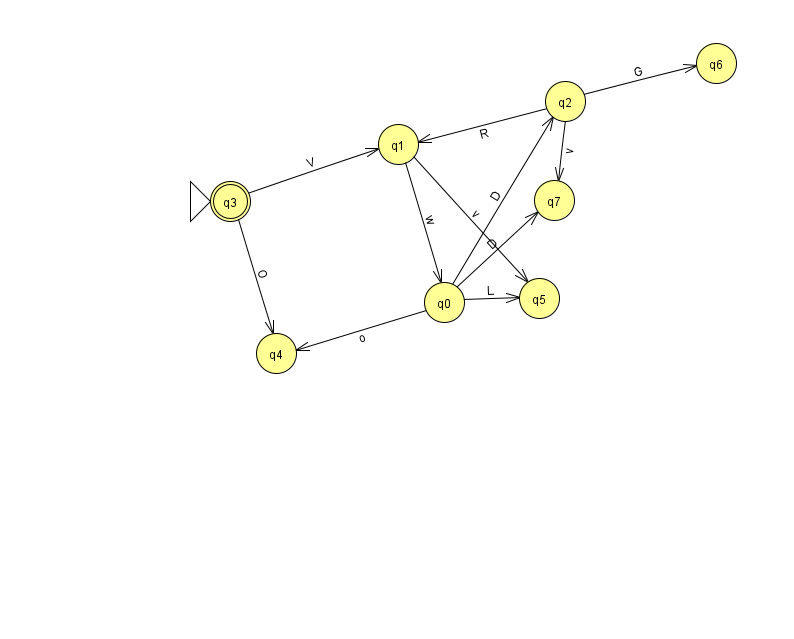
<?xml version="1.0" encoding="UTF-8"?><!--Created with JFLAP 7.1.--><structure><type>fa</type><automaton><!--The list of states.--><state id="0" name="q0"><x>444.0</x><y>289.0</y></state><state id="1" name="q1"><x>398.0</x><y>131.0</y></state><state id="2" name="q2"><x>565.0</x><y>88.0</y></state><state id="3" name="q3"><x>230.0</x><y>188.0</y><initial/><final/></state><state id="4" name="q4"><x>276.0</x><y>340.0</y></state><state id="5" name="q5"><x>539.0</x><y>285.0</y></state><state id="6" name="q6"><x>716.0</x><y>50.0</y></state><state id="7" name="q7"><x>554.0</x><y>187.0</y></state><!--The list of transitions.--><transition><from>0</from><to>7</to><read>D</read></transition><transition><from>2</from><to>7</to><read>v</read></transition><transition><from>3</from><to>4</to><read>O</read></transition><transition><from>0</from><to>5</to><read>L</read></transition><transition><from>3</from><to>1</to><read>V</read></transition><transition><from>1</from><to>5</to><read>v</read></transition><transition><from>0</from><to>2</to><read>D</read></transition><transition><from>2</from><to>6</to><read>G</read></transition><transition><from>0</from><to>4</to><read>o</read></transition><transition><from>1</from><to>0</to><read>w</read></transition><transition><from>2</from><to>1</to><read>R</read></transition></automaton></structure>